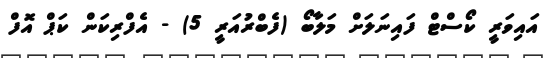
އައިވަރީ ކޯސްޓް ފައިނަލަށް މަލާބޯ (ފެބްރުއަރީ 5) - އެފްރިކަން ކަޕް އޮފް